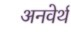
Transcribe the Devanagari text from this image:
अनवेर्थ